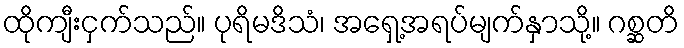
ထိုကျီးငှက်သည်။ ပုရိမဒိသံ၊ အရှေ့အရပ်မျက်နှာသို့။ ဂစ္ဆတိ